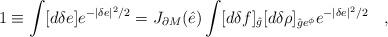
LaTeX: \begin{align*}1 \equiv \int [d \delta e ] e^{-|\delta e |^2/2 } = J_{\partial M} (\hat e) \int [d \delta f]_{\hat g} [d \delta \rho ]_{{\hat g}e^{\phi}} e^{-|\delta e|^2/2} \quad ,\end{align*}